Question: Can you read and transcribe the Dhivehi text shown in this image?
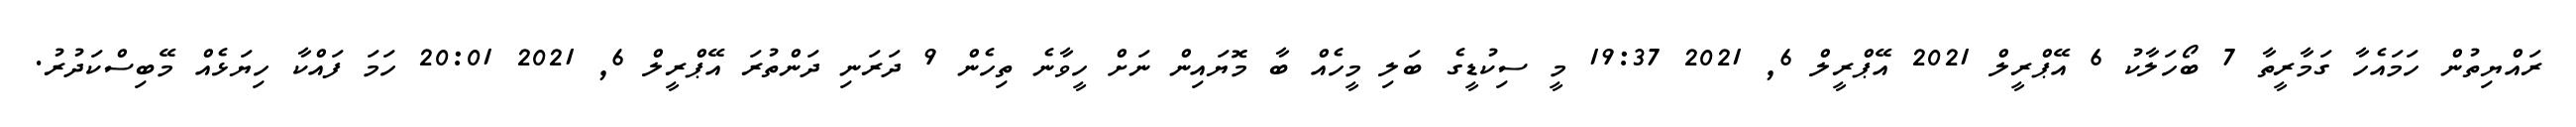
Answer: ރައްޔިތުން ހަމައެހާ ގަމާރީތާ 7 ބޯހަލާކު 6 އޭޕްރީލް 2021 އޭޕްރީލް 6, 2021 19:37 މީ ސިކުޑީގެ ބަލި މީހެއް ބާ މޮޔައިން ނަށް ހީވާނެ ތިހެން 9 ދަރަނި ދަންތުރަ އޭޕްރީލް 6, 2021 20:01 ހަމަ ފައްކާ ހިޔަޅެއް މޭބިސްކަދުރު.